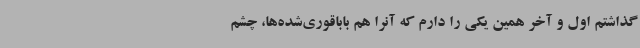
گذاشتم اول و آخر همین یکی را دارم که آنرا هم باباقوری‌شده‌ها، چشم